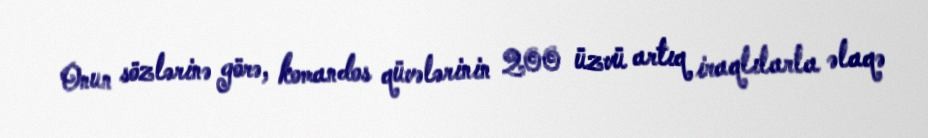
Onun sözlərinə görə, komandos qüvələrinin 200 üzvü artıq iraqlılarla əlaqə